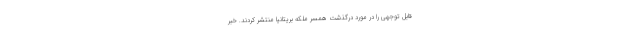
قابل توجهی را در مورد درگذشت همسر ملکه بریتانیا منتشر کردند. خبر